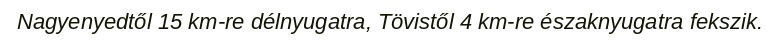
Nagyenyedtől 15 km-re délnyugatra, Tövistől 4 km-re északnyugatra fekszik.